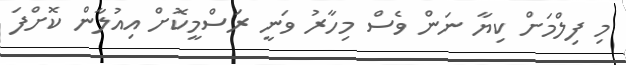
މި ފިލްމަށް ކިޔާ ނަން ވެސް މިހާރު ވަނީ ރަސްމީކޮށް އިއުލާން ކޮށްފަ